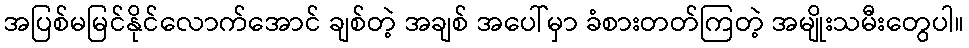
အပြစ်မမြင်နိုင်လောက်အောင် ချစ်တဲ့ အချစ် အပေါ်မှာ ခံစားတတ်ကြတဲ့ အမျိုးသမီးတွေပါ။